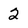
Character: 2